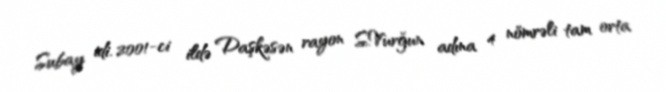
Subay idi. 2001-ci ildə Daşkəsən rayon S.Vurğun adına 4 nömrəli tam orta